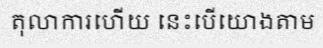
តុលាការហើយ នេះបើយោងតាម